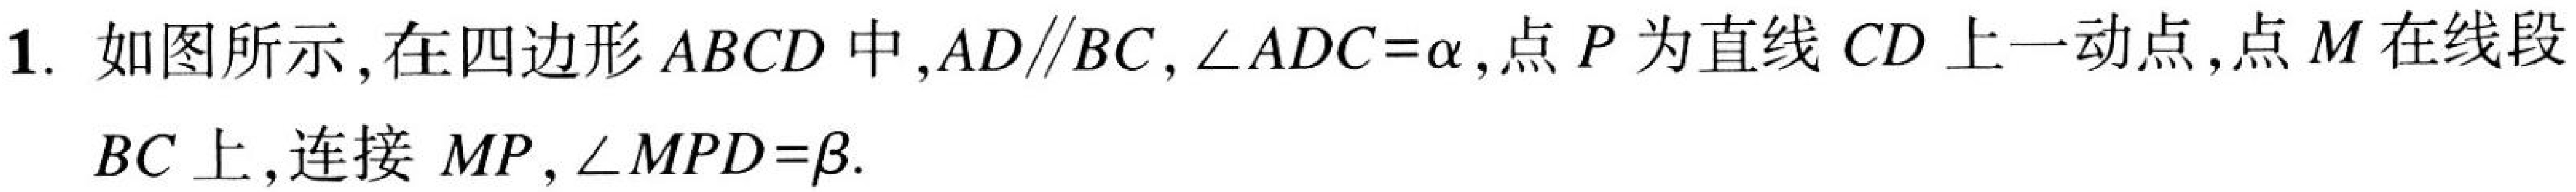
1. 如图所示，在四边形\(ABCD\)中，\(AD\parallel BC\)，\(\angle ADC = \alpha\)，点\(P\)为直线\(CD\)上一动点，点\(M\)在线段
\(BC\)上，连接 \(MP\)，\(\angle MPD=\beta\).